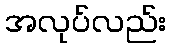
အလုပ်လည်း